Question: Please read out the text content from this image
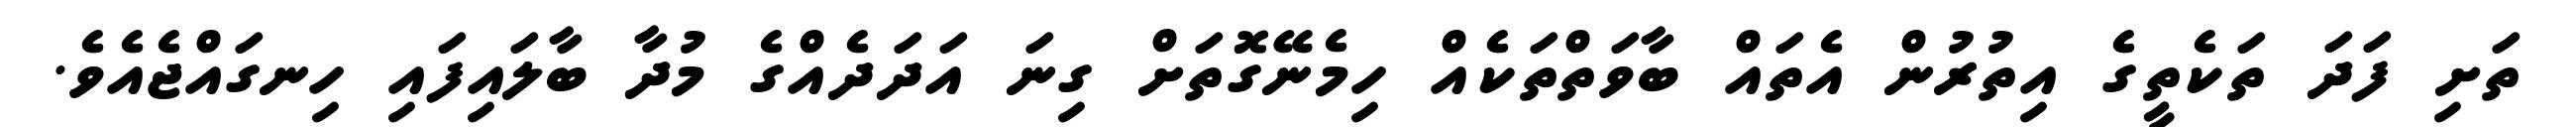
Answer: ތަށި ފަދަ ތަކެތީގެ އިތުރުން އެތައް ބާވަތްތަކެއް ހިމެނޭގޮތަށް ގިނަ އަދަދެއްގެ މުދާ ބާލައިފައި ހިނގައްޖެއެވެ.